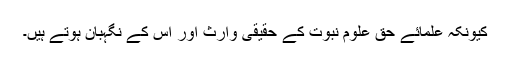
کیونکہ علمائے حق علوم نبوت کے حقیقی وارث اور اس کے نگہبان ہوتے ہیں۔